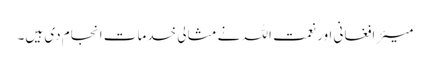
میئر افغانی اور نعمت اللہ نے مثالی خدمات انجام دی ہیں۔